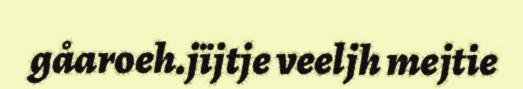
gåaroeh.jïjtje veeljh mejtie